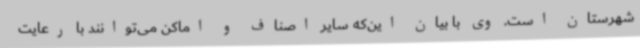
شهرستان است. وی با بیان این‌که سایر اصناف و اماکن می‌توانند با رعایت